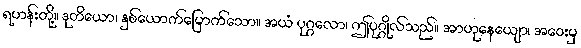
ရဟန်းတို့။ ဒုတိယော၊ နှစ်ယောက်မြောက်သော။ အယံ ပုဂ္ဂလော၊ ဤပုဂ္ဂိုလ်သည်။ အာဟုနေယျော၊ အဝေးမှ